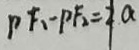
P F _ { 1 } - P F _ { 2 } = 2 a